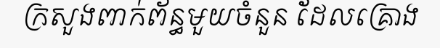
ក្រសួងពាក់ព័ន្ធមួយចំនួន ដែលគ្រោង